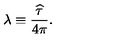
\lambda \equiv { \frac { \widehat \tau } { 4 \pi } } .